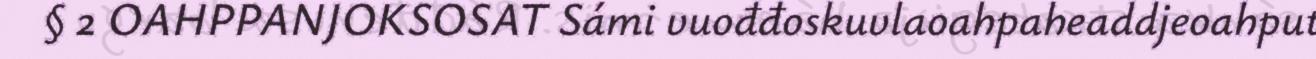
§ 2 OAHPPANJOKSOSAT Sámi vuođđoskuvlaoahpaheaddjeoahput